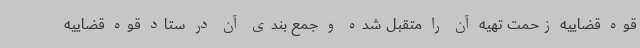
قوه قضاییه زحمت تهیه آن را متقبل شده و جمع بندی آن در ستاد قوه قضاییه